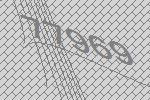
77969